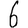
Digit: 6